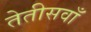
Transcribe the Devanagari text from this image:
तेतीसवाँ